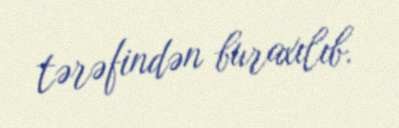
tərəfindən buraxılıb.